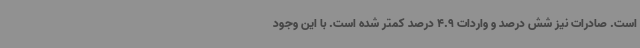
است. صادرات نیز شش درصد و واردات 4.9 درصد کمتر شده است. با این وجود